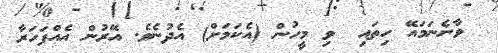
ވާނެނަމައޭ ހިތައި  ވި މީހުން (އެކަމަށް) އެދުނެވެ. އޭރުން އެއްފަހަރާ